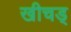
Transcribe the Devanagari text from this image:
खीचड्